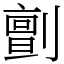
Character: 㔊